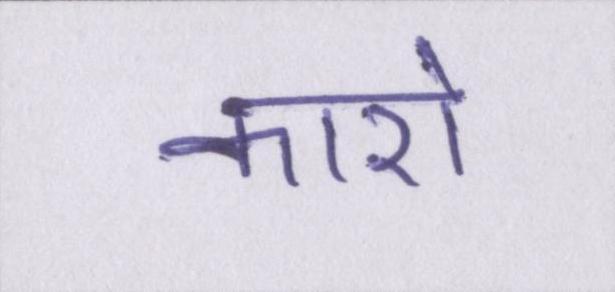
कारो